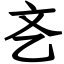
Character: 㐎